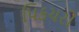
પિકચરો